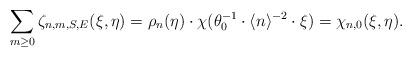
LaTeX: \begin{align*}\sum_{m\ge 0} \zeta_{n,m,S,E}(\xi,\eta)=\rho_n(\eta)\cdot \chi(\theta_0^{-1}\cdot \langle n\rangle^{-2}\cdot \xi)=\chi_{n,0}(\xi,\eta).\end{align*}